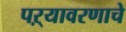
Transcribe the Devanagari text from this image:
पऱ्यावरणाचे